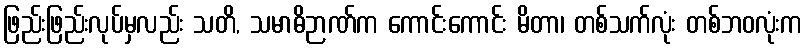
ဖြည်းဖြည်းလုပ်မှလည်း သတိ, သမာဓိဉာဏ်က ကောင်းကောင်း မိတာ၊ တစ်သက်လုံး တစ်ဘဝလုံးက